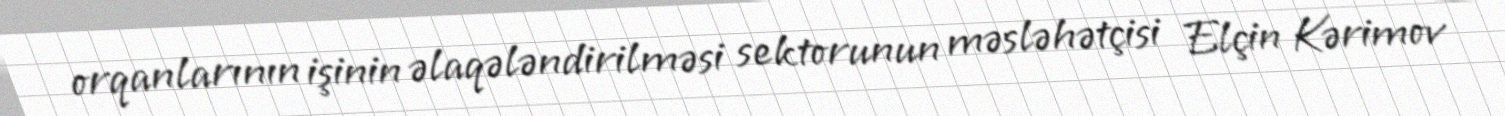
orqanlarının işinin əlaqələndirilməsi sektorunun məsləhətçisi Elçin Kərimov